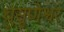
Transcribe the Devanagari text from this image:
घुसृणेश्वर